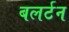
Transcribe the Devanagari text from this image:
बलर्टन